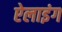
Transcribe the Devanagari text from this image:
ऐलाइंग